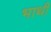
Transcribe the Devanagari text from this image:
भाथी